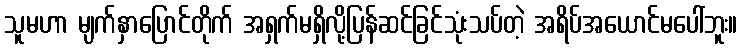
သူမဟာ မျက်နှာပြောင်တိုက် အရှက်မရှိလို့ပြန်ဆင်ခြင်သုံးသပ်တဲ့ အရိပ်အယောင်မပေါ်ဘူး။